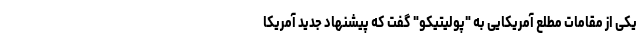
یکی از مقامات مطلع آمریکایی به "پولیتیکو" گفت که پیشنهاد جدید آمریکا